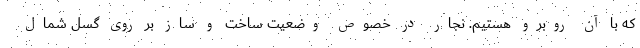
که با آن روبرو هستیم. نجار در خصوص وضعیت ساخت و ساز بر روی گسل شمال